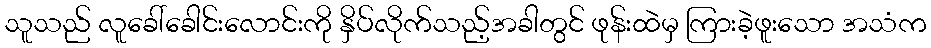
သူသည် လူခေါ်ခေါင်းလောင်းကို နှိပ်လိုက်သည့်အခါတွင် ဖုန်းထဲမှ ကြားခဲ့ဖူးသော အသံက